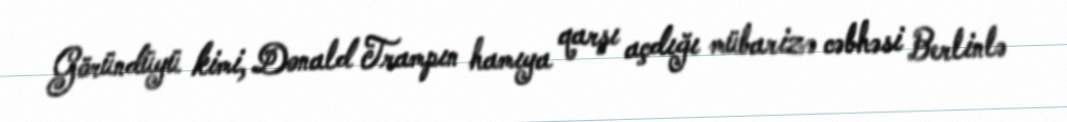
Göründüyü kimi, Donald Trampın hamıya qarşı açdığı mübarizə cəbhəsi Berlinlə